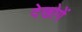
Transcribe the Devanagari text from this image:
देखोगें